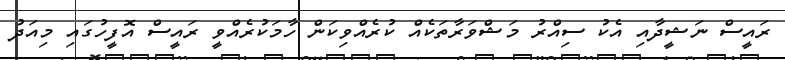
ރައީސް ނަޝީދާއި އެކު ސިއްރު މަޝްވަރާތަކެއް ކުރެއްވިކަން ހާމަކުރެއްވީ ރައީސް އޮފީހުގައި މިއަދު